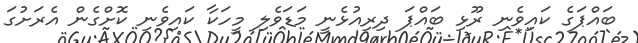
ބައްޕަގެ ކައިވެނި ރޫޅި ބައްޕަ ދިރިއުޅެނީ މަޑަވެލި މީހަކާ ކައިވެނި ކޮށްގެން އެރަށުގަ